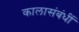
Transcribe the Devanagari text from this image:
कालासंबंधीं